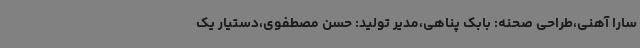
سارا آهنی،طراحی صحنه: بابک پناهی،مدیر تولید: حسن مصطفوی،دستیار یک